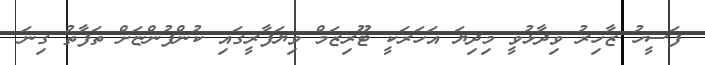
ފަސީހު ޒާހިރު ވިދާޅުވީ މިދިޔަ އަހަރަކީ ޓޫރިޒަމް ވިޔަފާރީގައި ކުންފުންޏަށް ތަފާތު ގިނަ